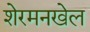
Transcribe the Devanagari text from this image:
शेरमनखेल